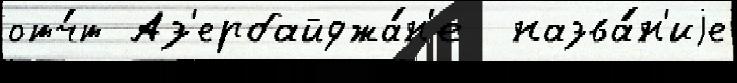
отч́т Аз'ербайджа́н'е  назва́н'иjе